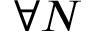
\forall N